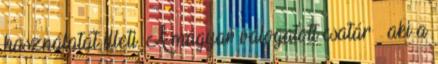
használatát illeti. A magyar válogatott csatár – aki a